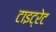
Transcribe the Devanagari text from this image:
टाइट्रेट